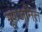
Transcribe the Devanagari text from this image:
भ्रूणजनित